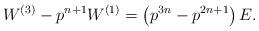
LaTeX: \begin{align*} W^{(3)} - p^{n+1} W^{(1)} = \left( p^{3n} - p^{2 n + 1} \right) E. \end{align*}